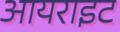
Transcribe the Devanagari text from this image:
आयराइट